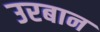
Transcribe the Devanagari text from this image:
उरबान